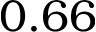
0 . 6 6